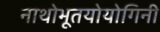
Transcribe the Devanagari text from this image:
नाथोभूतयोयोगिनी